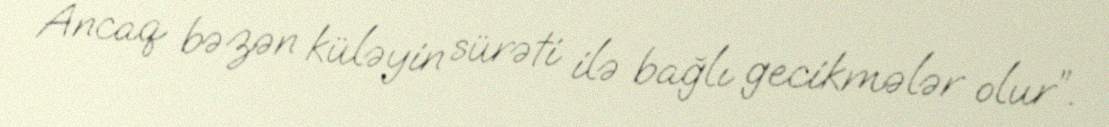
Ancaq bəzən küləyin sürəti ilə bağlı gecikmələr olur”.